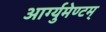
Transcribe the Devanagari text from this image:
आर्ग्युमेण्टम्